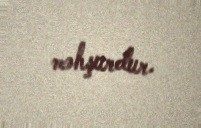
məhşurdur.